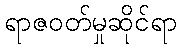
ရာဇဝတ်မှုဆိုင်ရာ